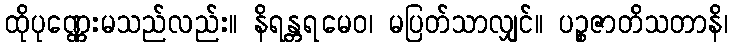
ထိုပုဏ္ဏေးမသည်လည်း။ နိရန္တရမေဝ၊ မပြတ်သာလျှင်။ ပဉ္စဇာတိသတာနိ၊